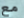
مع